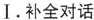
Ⅰ.补全对话